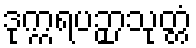
ဒုက္ကရပဉှာသုတ္တံ